画像に写った文字を読んでください
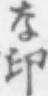
「な印」と書いてあります